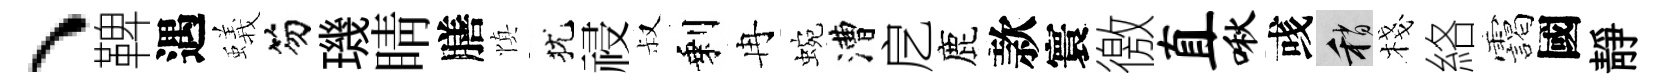
、鞞遇蟻笏璣睛膳慎犹祲叔剩冉蜿漕戹鹿款寰徼直啾彧稍棧絡靄國靜